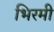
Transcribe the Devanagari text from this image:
भिरमी